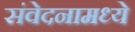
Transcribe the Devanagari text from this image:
संवेदनामध्ये